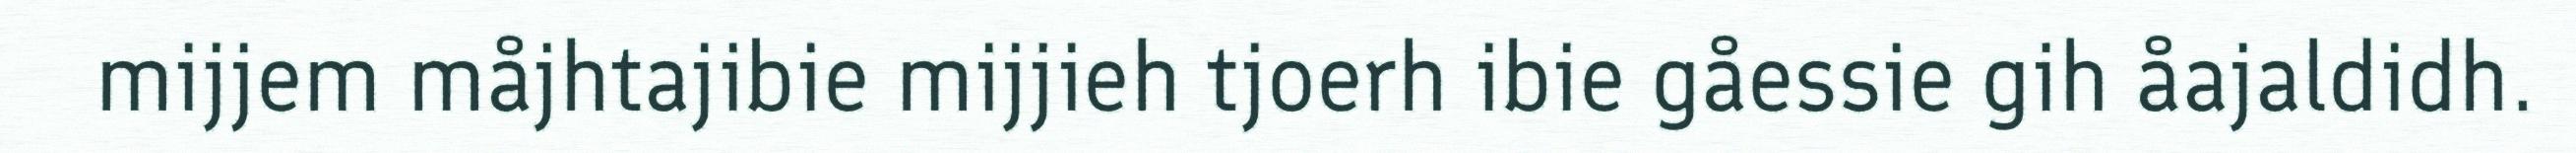
mijjem måjhtajibie mijjieh tjoerh ibie gåessie gih åajaldidh.